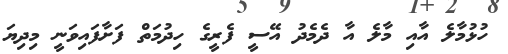
ހުޅުމާލެ އާއި މާލެ އާ ދެެމެދު އޭސީ ފެރީގެ ހިދުމަތް ފަށާފައިވަނީ މިދިޔަ